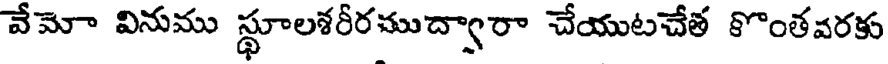
వేమో వినుము స్థూలశరీరముద్వారా చేయుటచేత కొంతవరకు